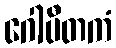
ဂေါပီတကံ